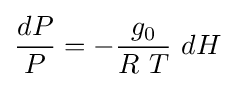
{\frac {dP}{P}}=-{\frac {g_{0}}{R\ T}}\ {dH}